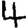
Digit: 4